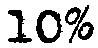
10%